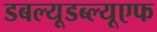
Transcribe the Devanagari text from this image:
डबल्यूडब्ल्यूएफ